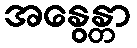
အနွေန္တာ